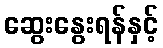
ဆွေးနွေးရန်နှင့်